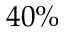
4 0 \%